Vabadussoja_Ajaloo_Komitee, lk 40
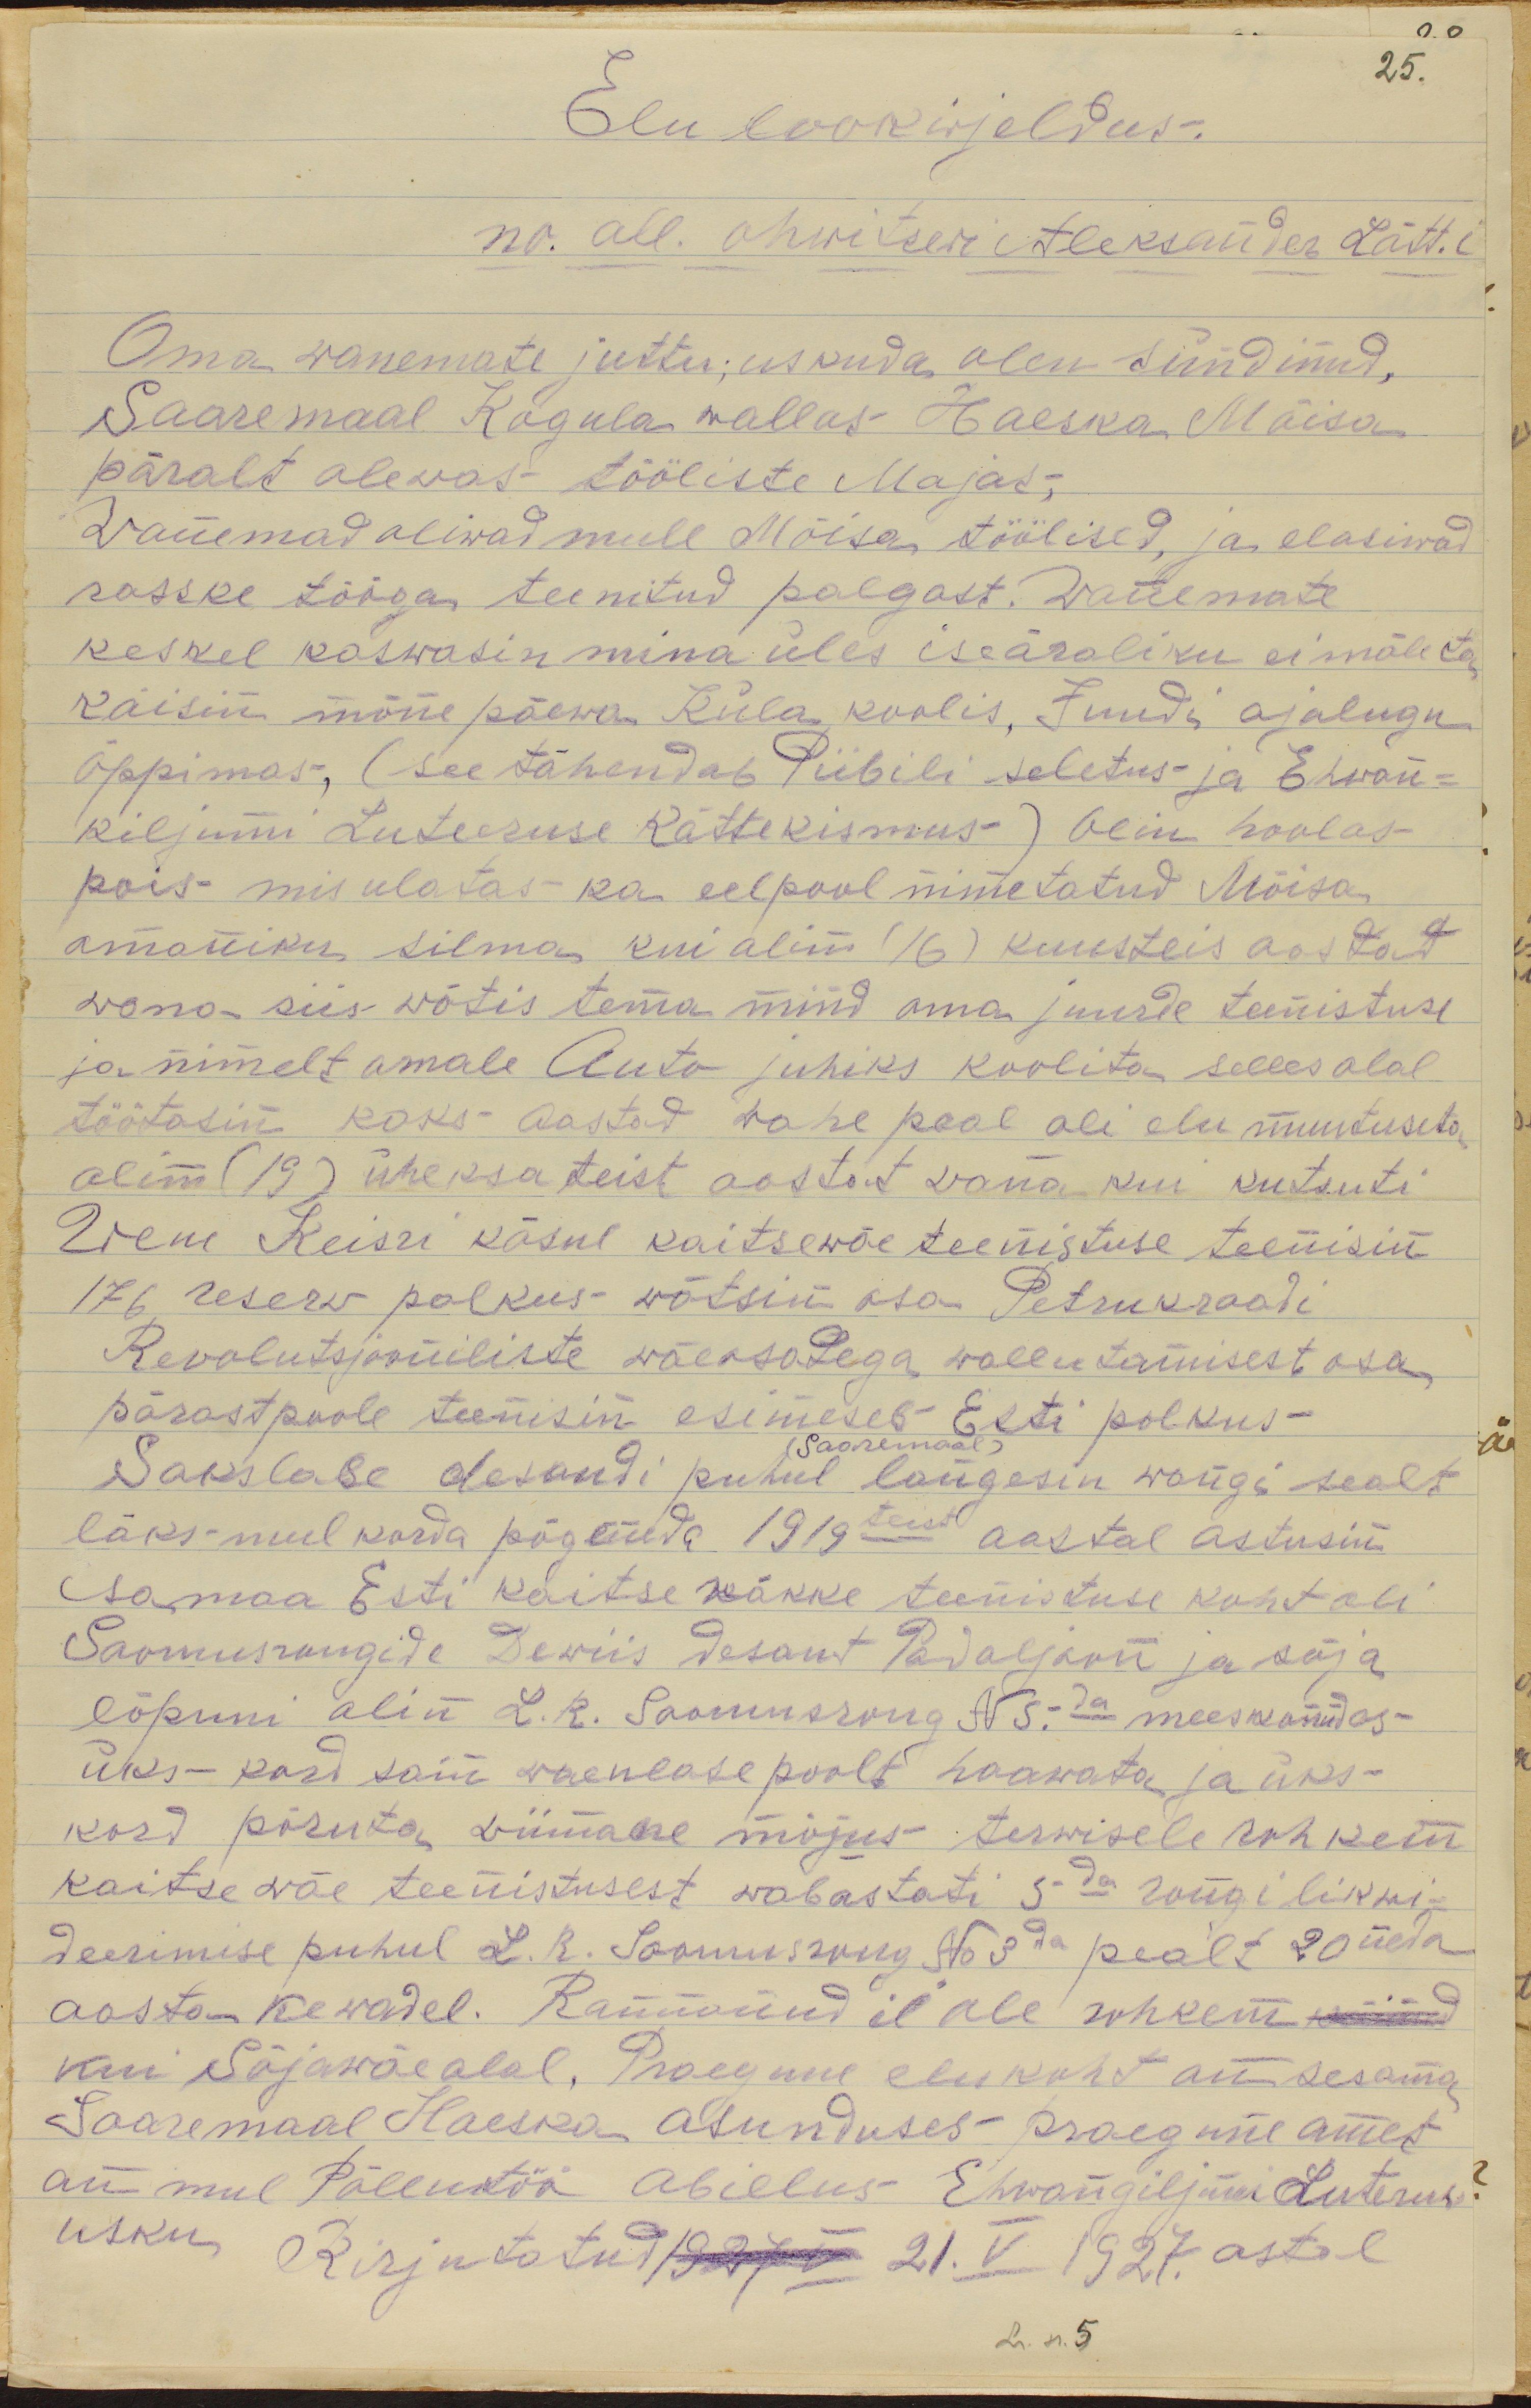
00
25
Elulookirjeldus
no all ohwitser Aleksander Lätt.
Oma wanemate juttu uskuda olen sündinud
Saaremaa Kogula wallas Haeska Mõisa
päralt olevas tööliste Majas,
Wanemad oliwad mull Mõisa töölised, ja elasiwad
raske tööga teenitud palgast. Wanemate
keskel kaswasin mina üles iseäraliku ei mäleta
käisin mõne päewa Küla koolis. Juudi ajalugu
õppimas, (see tähendab Piibili seletus- ja Ewan-
kiljumi Luteruse Kättekismus) olin hoolas
pois mis ulatas ka eelpool nimetatud Mõisa
omaniku silma kui olin (16) kuusteist aastat
wana siis wõtis tema mind oma juurde teenistuse
ja nimelt omale Auto juhiks koolitas selles alal
töötasin kaks aastad wahepeal oli elu muutuseta
olin (19) üheksateist aastat wana kui kutsuti
Wene Keisri käsul kaitsewäe teenistuse teenisin
176 reserw polkus wõtsin osa Petrukraadi
Revolutsjooniliste wäosadega wallutamisest osa
pärastpoole teenisin esimeses Eesti polkus
(Saaremaal)
Sakslase desandi puhul langesin wangi sealt
läks mul korda põgeneda 1919teist aastal astusin
isamaa Eesti kaitsewäkke teenistuse koht oli
Soomusrongide Dewiis desant Padaljoon ja sõja
lõpuni olin L.R Soomusrong Nr 5da meeskondas-
üks-kord sain waenlase poolt haawata ja üks-
kord põruta, wiimane mõjus terwisele rohkem
kaitsewäe teenistusest wabastati 3da rongi likwi-
deerimise puhul L.R Soomusrongi No 3da pealt 20nda
aasta kewadel. Rannanud ei ole rohkem käinud
kui Sõjawäealal. Praegune elukoht on sesama
Saaremaal Haeska asunduses praegune amet
on mul põllutöö abielus Ehwangiljumi Luterus
usku. Kirjutatud 1927 V 21. V 1927. astal
Lk n. 5